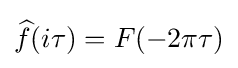
{\widehat {f}}(i\tau )=F(-2\pi \tau )